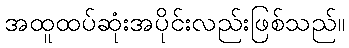
အထူထပ်ဆုံးအပိုင်းလည်းဖြစ်သည်။